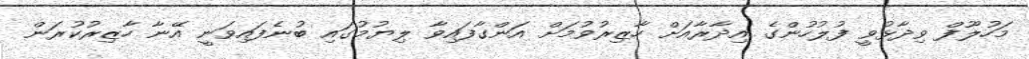
މަހުލޫފް ވިދާޅުވީ ފުލުހުންގެ އިދާރާއަށް ހާޒިރުވުމަށް އަންގާފައިވާ ލިޔުމުގައި ބުނެފައިވަނީ އޭނާ ހާޒިރުކުރަން